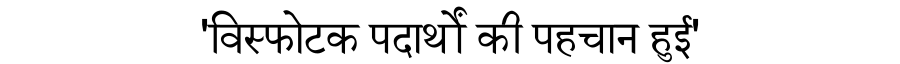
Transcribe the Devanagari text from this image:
'विस्फोटक पदार्थों की पहचान हुई'